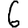
Digit: 6